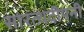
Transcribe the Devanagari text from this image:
सारत्थदीपनी